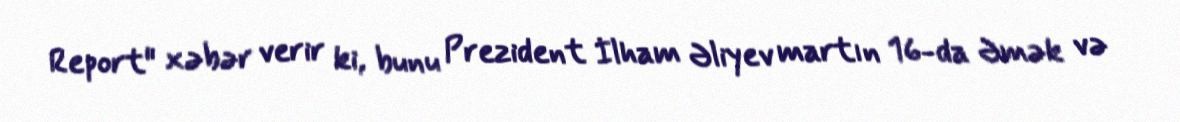
Report" xəbər verir ki, bunu Prezident İlham Əliyev martın 16-da Əmək və